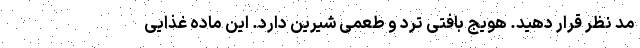
مد نظر قرار دهید. هویج بافتی ترد و طعمی شیرین دارد. این ماده غذایی